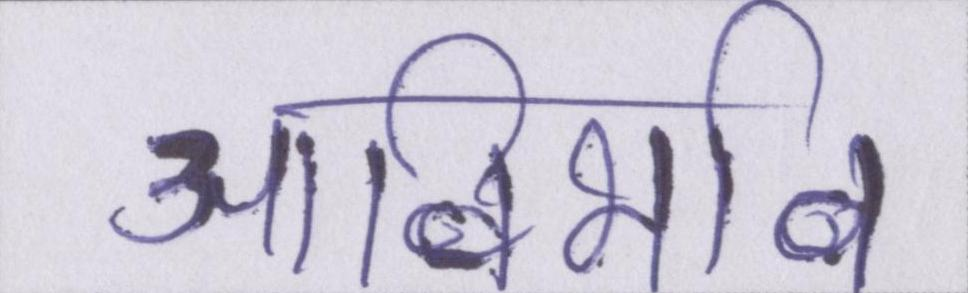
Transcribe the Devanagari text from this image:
आविर्भाव